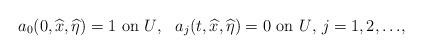
\begin{align*}\mbox{$a_0(0, \widehat x, \widehat\eta)=1$ on $U$},\ \ \mbox{$a_j(t,\widehat x,\widehat\eta)=0$ on $U$, $j= 1,2,\ldots$},\end{align*}